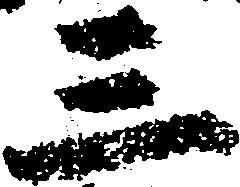
三